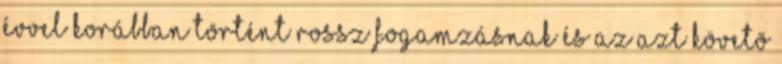
évvel korábban történt rossz fogamzásnak és az azt követõ